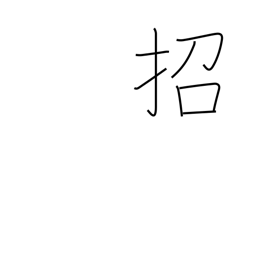
Meaning: beckon